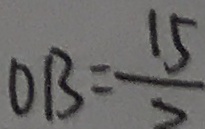
O B = \frac { 1 5 } { 2 }